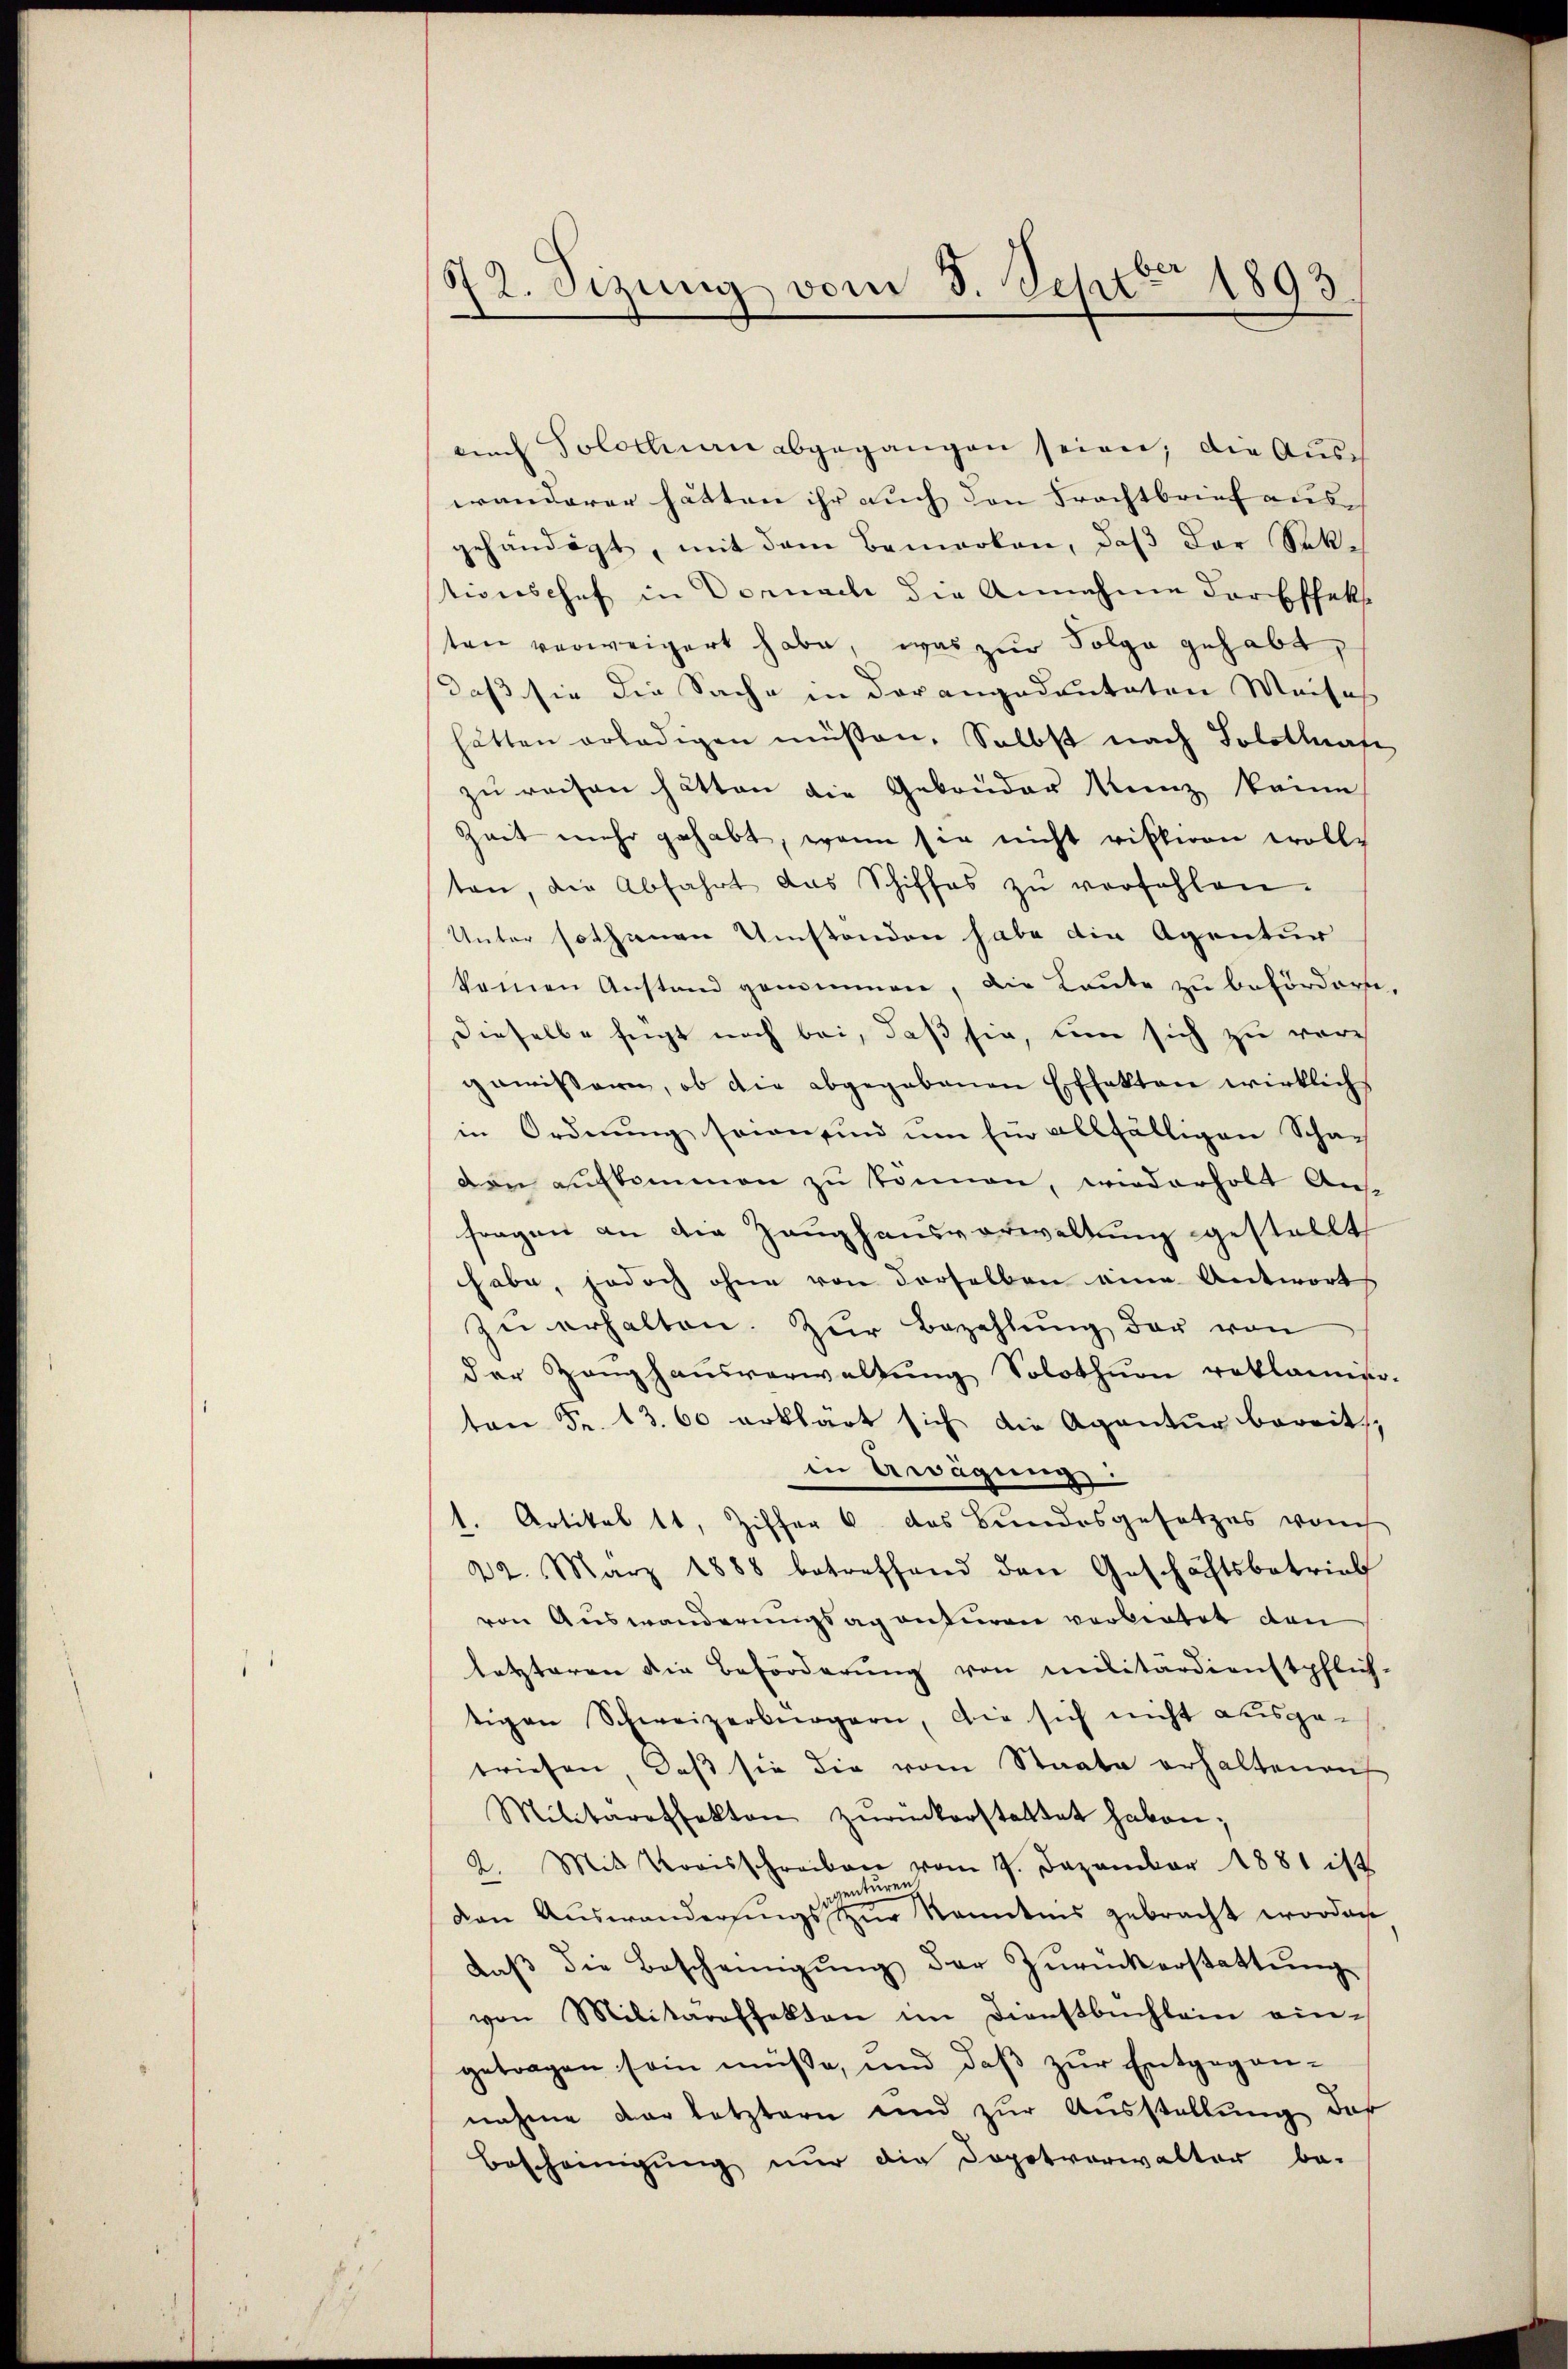
52. Sizung vom 3. Sept. 1893

auch Solothurn abgegangen seien, die Ausch
wanderer hätten ihr auch den Frachtbrief aus
gehändigt, mit dem Bemerken, daβ der Sek-
tionshof in Dornach die Annahme der Effekte
ten verweigert habe, was zur Folge gehabt,
daß sie die Sache in der angedeuteten Meises
hätten erledigen müßen. Selbst nach Solothafe
zu reisen hätten die Gebrüder Kunz keine
Zeit mehr gehabt, wenn sie nicht ristiren wolle
ten, die Abfahrt das Schiffes zŭ verfehlen.
Unter sothanen Umstanden habe die Agentur
keinen Anstand genommen, die Kaute zu befördern,
dieselbe fügt noch bei, daß sie, um sich zu vor
gewissern, ob die abgegebenen Effekten wirklich
in Ordnung sein sind um Ein allfälligen Schaden aufkommen zu können, wiederholt Aus
fragen an die Zeughausverwaltung gestellt,
habe, jedoch ohne von derselben eine Antworts
zŭ erhalten. Zur Bezahlŭng der von
der Hanghausverwaltung Solothur reklamier-
ton Fr. 13. 60 erklärt sich die Agentur bereits,
in Erwägung
l. Artikel 11, Ziffer 6 das Bundesgesetzes von
22. März 1888 betreffend den Geschäftsbetrieb
von Auswanderungsaganturen verbietet den
letzteren die Beförderung von militärdienstpflich-
tigen Schweizerbürgern, die sich nicht ausge-
briefen, daβ sie die vom Staate erhaltenen
Militareffekten zŭrückerstattet haben;
2. Mit Kreisschreiben vom 7. Dezember 1881 ist
enturen
den Auswandersings zur kanntens gebracht worden
daβ die Bescheinigŭng der Zŭrückerstattŭng
von Militaroffekten im Dienstbuchlein ein-
getragen sein müße, und daβ zŭr Entgegen-
nahme der letztern und zur Ausstellung das
Bescheinigung nur die Dopotverwalter be-